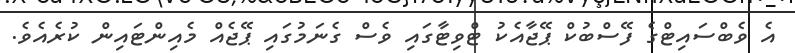
އެ ވެބްސައިޓްގެ ފޭސްބުކް ޕޭޖާއެކު ޓްވިޓާގައި ވެސް ގެނަމުގައި ޕޭޖެއް މެއިންޓައިން ކުރެއެވެ.